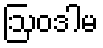
ဩဝဒါမ